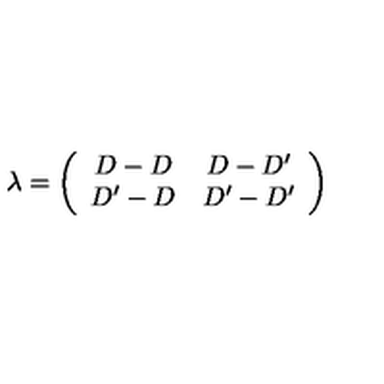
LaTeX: \lambda = \left( \begin{array} { c c } { D - D } & { D - D ^ { \prime } } \\ { D ^ { \prime } - D } & { D ^ { \prime } - D ^ { \prime } } \\ \end{array} \right)